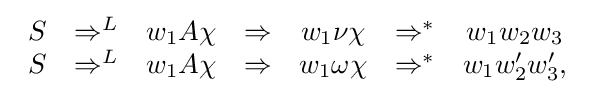
{\begin{array}{ccccccc}S&\Rightarrow ^{L}&w_{1}A\chi &\Rightarrow &w_{1}\nu \chi &\Rightarrow ^{*}&w_{1}w_{2}w_{3}\\S&\Rightarrow ^{L}&w_{1}A\chi &\Rightarrow &w_{1}\omega \chi &\Rightarrow ^{*}&w_{1}w'_{2}w'_{3},\\\end{array}}